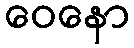
ဝေနော